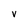
Character: v